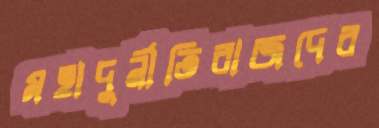
মহাদুর্নীতিবাজদের